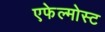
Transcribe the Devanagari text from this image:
एफेल्मोस्ट